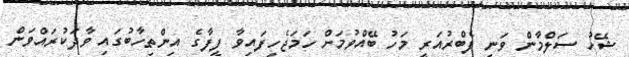
ޝޭހު ސަލްމާން ވަނީ ފެބްރުއަރީ މަހު ބޭއްވުމަށް ހަމަޖެހިފައިވާ ފީފާގެ އިންތިހާބުގައި ވާދަކުރައްވަން